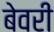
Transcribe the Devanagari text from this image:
बेवरी